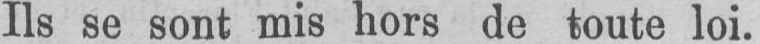
Ils se sont mis hors de toute loi.